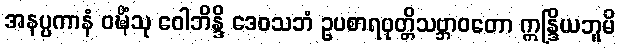
အနပ္ပကာနံ ဝဍ္ဎိံသု ဝေါဘိန္ဒိ ဒေဝသဘံ ဥပစာရဝုတ္တိသဗ္ဘာဝတော ဣန္ဒြိယဘူမိ